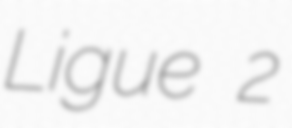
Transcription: Ligue 2